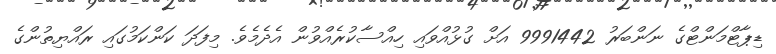
ޑިޕާޓްމަންޓްގެ ނަންބަރު 9991442 އަށް ގުޅުއްވައި ހިއްސާކުރެއްވުން އެދެމެވެ. މިފަދަ ކަންކަމުގައި ރައްޔިތުންގެ